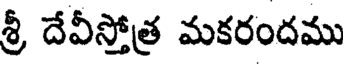
శ్రీ దేవీస్తోత్ర మకరందము